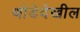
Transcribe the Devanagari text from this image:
थोडेदेखील